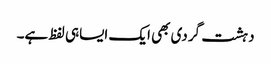
دہشت گردی بھی ایک ایساہی لفظ ہے۔